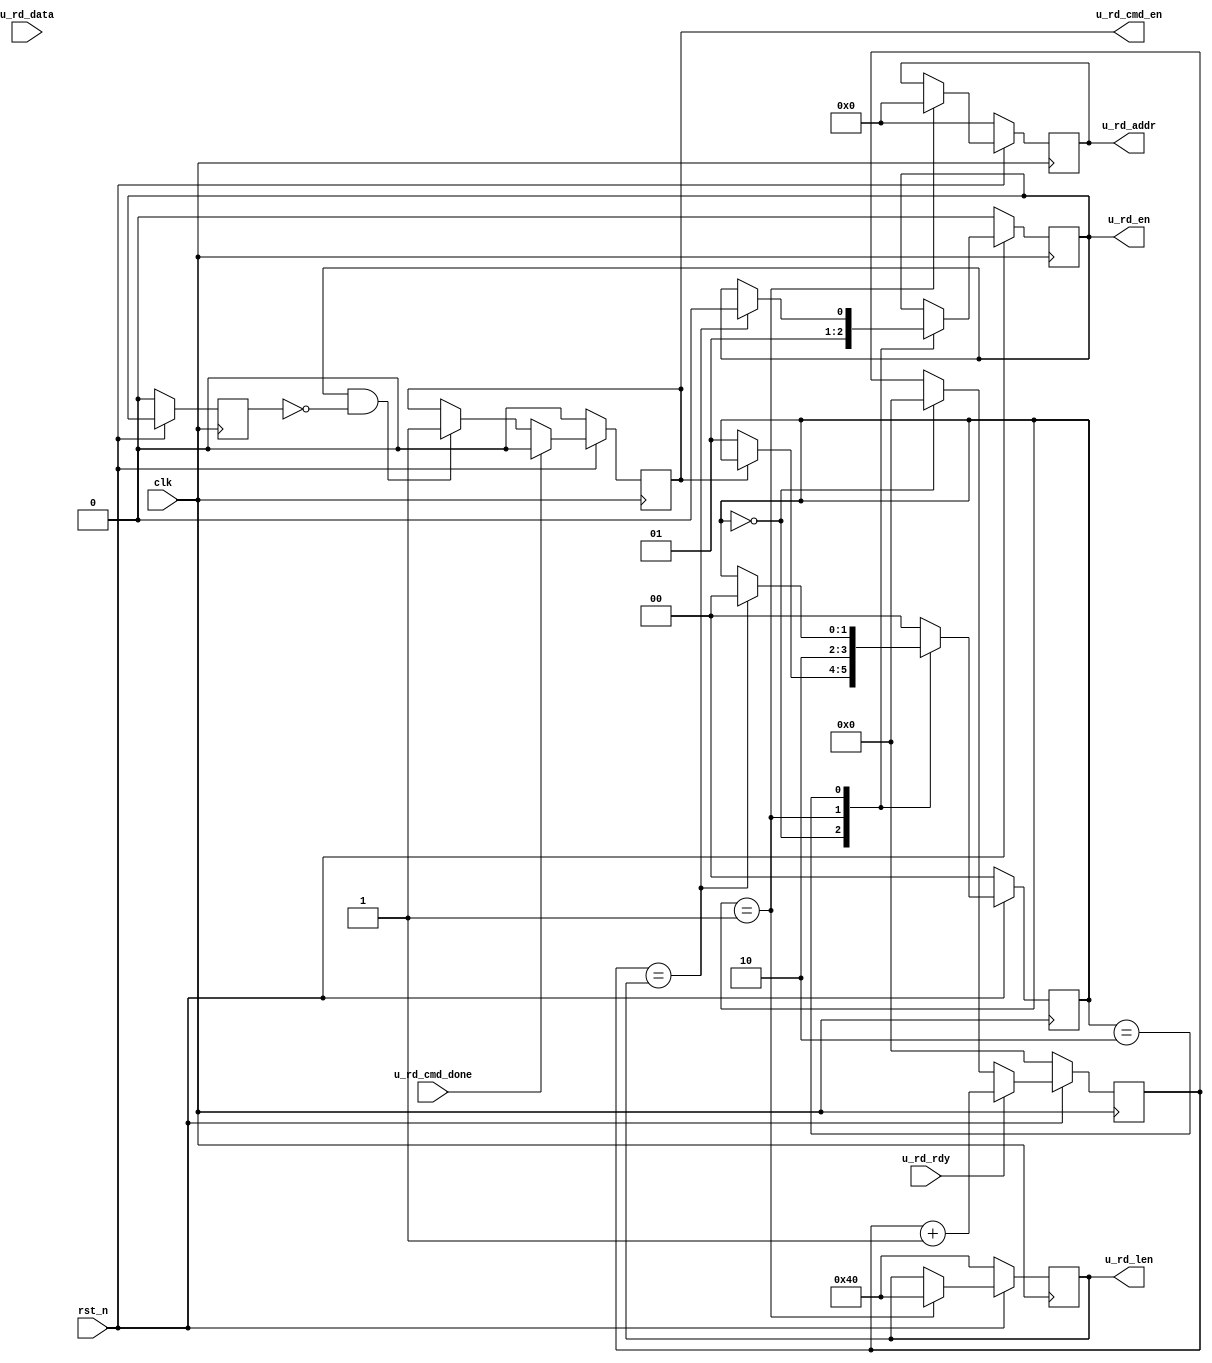
`timescale 1ns / 1ps
//////////////////////////////////////////////////////////////////////////////////
// Company: 
// Engineer: 
// 
// Design Name: 
// Module Name:    U_MCB_RD 
// Project Name: 
// Target Devices: 
// Tool versions: 
// Description: 
//
// Dependencies: 
//
// Revision: 
// Revision 0.01 - File Created
// Additional Comments: 
//
//////////////////////////////////////////////////////////////////////////////////
module U_MCB_RD(
	input clk,
	input rst_n,
	input u_rd_cmd_done,
	input u_rd_rdy,
	input[127:0] u_rd_data,	
	
	output reg u_rd_cmd_en,
	output reg u_rd_en,
	output reg [29:0] u_rd_addr,
	output reg [6:0] u_rd_len
    );
    
   reg [1:0] u_rd_s;
   reg [6:0] u_rd_cnt;
   reg read_error;
   
   (* KEEP = "TRUE" *) wire [1:0] u_rd_s_r;
   (* KEEP = "TRUE" *) wire read_error_dg;
   
   assign u_rd_s_r = u_rd_s;
   assign read_error_dg = read_error;
   
   parameter RD_IDLE  = 2'd0;
	 parameter RD_BEGIN = 2'd1;
	 parameter RD_WAIT  = 2'd2;
	 parameter RD_RST   = 2'd3;
	 
	 
	 reg u_rd_en_dly;
	 
	 always@(posedge clk)
	 begin
	 	if(!rst_n)
	 		u_rd_en_dly <= 1'b0;
	 	else
	 		u_rd_en_dly <= u_rd_en;
	end
	
	//
	always@(posedge clk)
	begin
		if(!rst_n)
			u_rd_cmd_en <= 1'b0;
		else begin
			if(u_rd_cmd_done)	u_rd_cmd_en <= 1'b0;
			else if(u_rd_en&&(~u_rd_en_dly)) u_rd_cmd_en <= 1'b1;
		end	
	end
	
	reg s;
	
	//
	always@(posedge clk)
	begin
		if(!rst_n)
		begin
			s <= 1'b0;
			read_error <= 1'b0;
		end
		else begin
			if((u_rd_s == RD_WAIT)&&u_rd_rdy)
				case(s)
					1'b0:
					if(u_rd_data==128'hAA_AA_AA_AA_AA_AA_AA_AA_AA_AA_AA_AA_AA_AA_AA_AA) s <= 1'b1;
					else read_error<=1'b1;
					
					1'b1:
					if(u_rd_data==128'h55_55_55_55_55_55_55_55_55_55_55_55_55_55_55_55) s <= 1'b0;
					else read_error<=1'b1;
				endcase
			else if(~u_rd_en)begin
				read_error <= 1'b0;
				s <= 1'b0;
			end
			
		end

	end
	
	
	//
	always @(posedge clk)
	begin
		if(~rst_n)
		u_rd_cnt<=0;
		else begin
			if(u_rd_rdy)// valid data 
				u_rd_cnt<=u_rd_cnt+1'b1; // count up
			else if(u_rd_s==RD_IDLE)u_rd_cnt<=7'd0; // clear counter
		end
	end

	reg [28:0] u_rd_addr_set;
	always @(posedge clk)
	begin
		if(!rst_n)
			begin
				u_rd_addr <= 29'b0;
				u_rd_len <= 7'd64;
				u_rd_en <= 1'b0;
				u_rd_s <= RD_IDLE;
			end
		else begin
			case(u_rd_s)
				RD_IDLE:
				begin
					u_rd_en <= 1'b0;
					if(u_rd_cmd_en == 1'b0) u_rd_s <= RD_BEGIN;
					else u_rd_s <= u_rd_s;
				end
				
				RD_BEGIN:
				begin
					u_rd_len <= 7'd64;
					u_rd_addr <= 29'd0;
					u_rd_en <= 1'b1;
					u_rd_s <= RD_WAIT;
				end
				
				RD_WAIT:
				begin
					if(u_rd_cnt == (u_rd_len))begin
						u_rd_s <= RD_IDLE;
						u_rd_en <= 1'b0;
					end
					else
						u_rd_s <= u_rd_s;
				end
				
				default : u_rd_s <= RD_IDLE;
				
			endcase

		end

	end
	
	

//
	parameter ADDR_INC = 12'h400;
	parameter END_ADDR = 29'h10000000 - ADDR_INC;
	
	always @(posedge clk)
	if(~rst_n)
	begin
			u_rd_addr_set<=29'b0;
	end
	else begin
			if(u_rd_cmd_done&&(u_rd_addr_set<END_ADDR))	
				u_rd_addr_set<=u_rd_addr_set+ADDR_INC;
			else if(u_rd_addr_set==END_ADDR)
				u_rd_addr_set<=0;
	end

endmodule